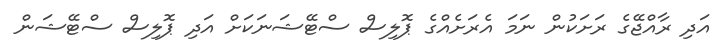
އަދި ރާއްޖޭގެ ރަށަކުން ނަމަ އެރަށެއްގެ ޕޮލިސް ސްޓޭޝަނަކަށް އަދި ޕޮލިސް ސްޓޭޝަން